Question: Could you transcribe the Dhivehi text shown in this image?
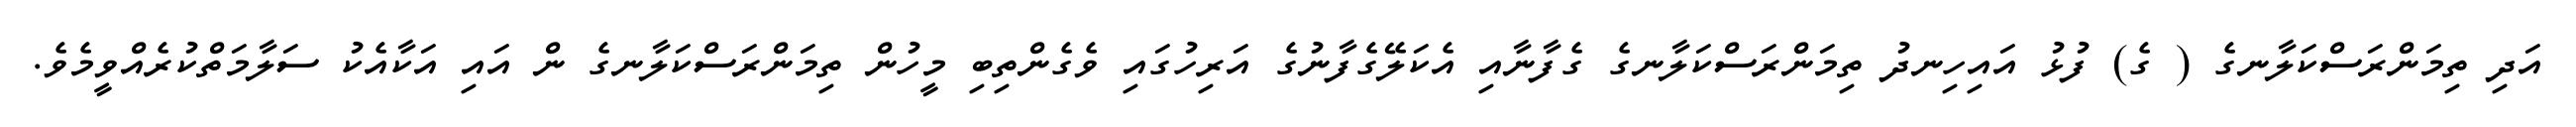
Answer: އަދި ތިމަންރަސްކަލާނގެ ( ގެ) ފުޅު އައިހިނދު ތިމަންރަސްކަލާނގެ ގެފާނާއި އެކަލޭގެފާނުގެ އަރިހުގައި ވެގެންތިބި މީހުން ތިމަންރަސްކަލާނގެ ން އައި އަކާއެކު ސަލާމަތްކުރެއްވީމެވެ.